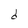
Character: d